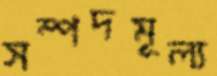
সম্পদমূল্য